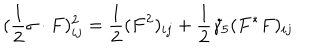
( \frac { 1 } { 2 } \sigma \cdot F ) _ { i j } ^ { 2 } = \frac { 1 } { 2 } ( F ^ { 2 } ) _ { i j } + \frac { 1 } { 2 } \gamma _ { 5 } ( F ^ { * } F ) _ { i j }